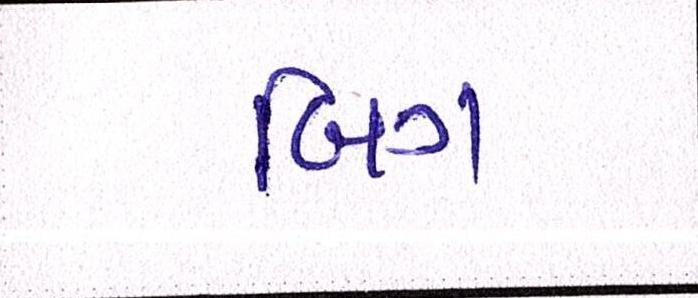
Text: બિગ